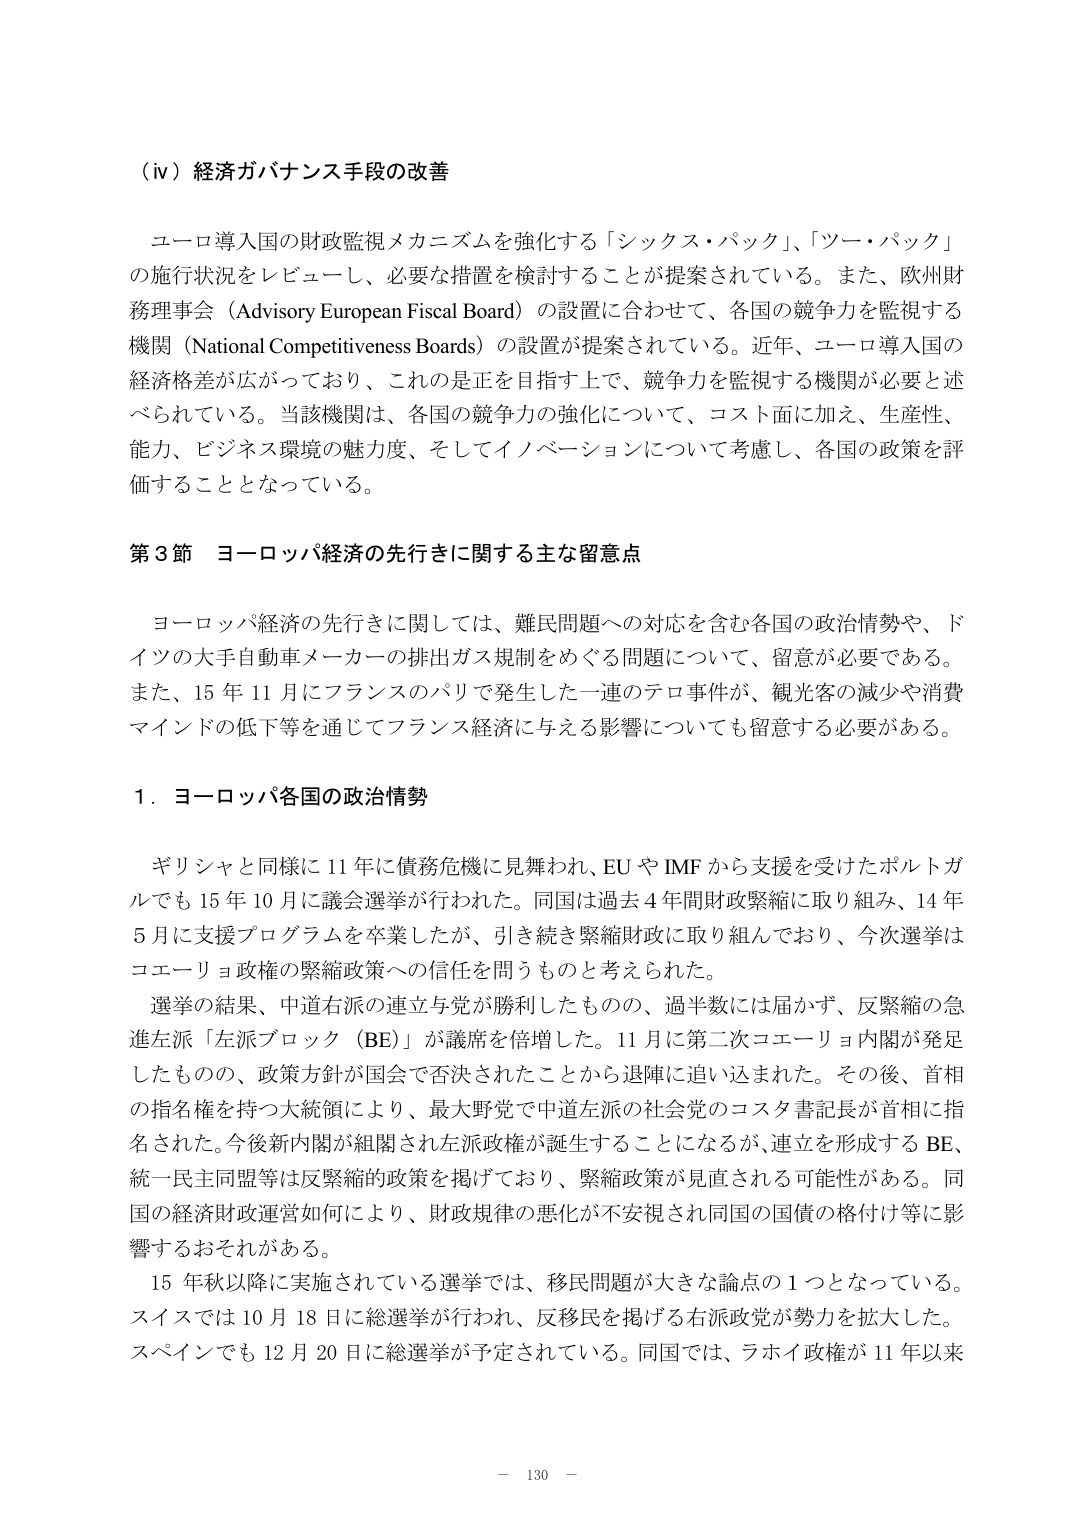
（ⅳ）経済ガバナンス手段の改善

ユーロ導入国の財政監視メカニズムを強化する「シックス・パック」、「ツー・パック」の施行状況をレビューし、必要な措置を検討することが提案されている。また、欧州財務理事会（Advisory European Fiscal Board）の設置に合わせて、各国の競争力を監視する機関（National Competitiveness Boards）の設置が提案されている。近年、ユーロ導入国の経済格差が広がっており、これの是正を目指す上で、競争力を監視する機関が必要と述べられている。当該機関は、各国の競争力の強化について、コスト面に加え、生産性、能力、ビジネス環境の魅力度、そしてイノベーションについて考慮し、各国の政策を評価することとなっている。

第3節 ヨーロッパ経済の先行きに関する主な留意点

ヨーロッパ経済の先行きに関しては、難民問題への対応を含む各国の政治情勢や、ドイツの大手自動車メーカーの排出ガス規制をめぐる問題について、留意が必要である。また、15年11月にフランスのパリで発生した一連のテロ事件が、観光客の減少や消費マインドの低下等を通じてフランス経済に与える影響についても留意する必要がある。

1．ヨーロッパ各国の政治情勢

ギリシャと同様に11年に債務危機に見舞われ、EUやIMFから支援を受けたポルトガルでも15年10月に議会選挙が行われた。同国は過去4年間財政緊縮に取り組み、14年5月に支援プログラムを卒業したが、引き続き緊縮財政に取り組んでおり、今次選挙はコエーリョ政権の緊縮政策への信任を問うものと考えられた。

選挙の結果、中道右派の独立与党が勝利したものの、過半数には届かず、反緊縮の急進左派「左派ブロック（BE）」が議席を倍増した。11月に第二次コエーリョ内閣が発足したものの、政策方針が国会で否決されたことから退陣に追い込まれた。その後、首相の指名権を持つ大統領により、最大野党で中道左派の社会党のコスタ書記長が首相に指名された。今後新内閣が組閣され左派政権が誕生することになるが、連立を形成するBE、統一民主同盟等は反緊縮の政策を掲げており、緊縮政策が見直される可能性がある。同国の経済財政運営如何により、財政規律の悪化が不安視され同国の国債の格付け等に影響するおそれがある。

15年秋以降に実施されている選挙では、移民問題が大きな論点の1つとなっている。スイスでは10月18日に総選挙が行われ、反移民を掲げる右派政党が勢力を拡大した。スペインでも12月20日に総選挙が予定されている。同国では、ラホイ政権が11年以来

－ 130 －